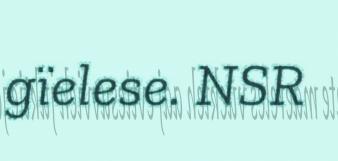
gïelese. NSR